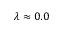
\lambda \approx 0 . 0